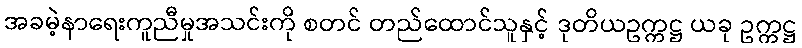
အခမဲ့နာရေးကူညီမှုအသင်းကို စတင် တည်ထောင်သူနှင့် ဒုတိယဥက္ကဋ္ဌ ယခု ဥက္ကဋ္ဌ